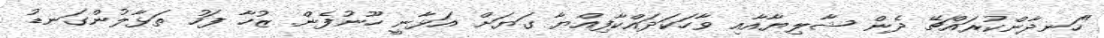
"ހަނދާންކުރައްޗޭ ދެން ޝާލިޔާއާއި ވާހަކަދައްކާފިއްޔާ ގަޔަށް އަޅާނީ ހޫނުފެން. ޒުހާ ފަހު ތަޅާލުންގަނޑު